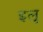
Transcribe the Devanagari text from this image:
इलू